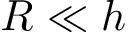
R \ll h